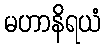
မဟာနိရယံ